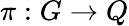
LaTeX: \pi:G\to Q